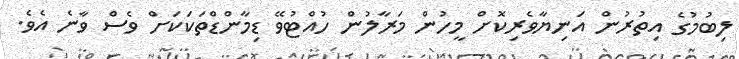
ލިބުމުގެ އިތުރުން އަނިޔާވެރިކޮށް މީހުން މަރާލުން ހުއްޓުވޭ ޑިމާންޑްތަކަކަށް ވެސް ވާނެ އެވެ.